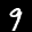
Label: 9